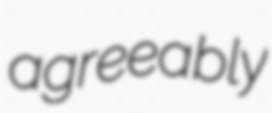
agreeably